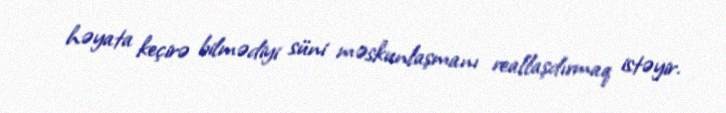
həyata keçirə bilmədiyi süni məskunlaşmanı reallaşdırmaq istəyir.